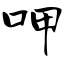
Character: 呷